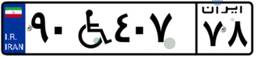
۴۶W۲۵۹۱۹